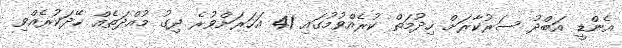
އެންޑީ އަބްދު ސަރުކާރަށް ހިދުމަތް ކުރެއްވުމުގައި 41 އަހަރަށްވުރެ ދިގު މުއްދަތެއް ހޭދަކުރެއްވި